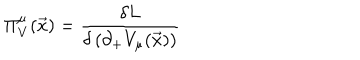
\Pi _ { V } ^ { \mu } ( { \vec { x } } ) = \frac { \delta { L } } { \delta \left( \partial _ { + } V _ { \mu } ( \vec { x } ) \right) }